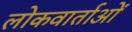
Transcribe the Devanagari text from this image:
लोकवार्ताओं